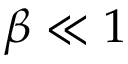
\beta \ll 1